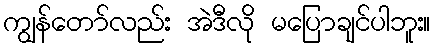
ကျွန်တော်လည်း အဲဒီလို မပြောချင်ပါဘူး။